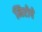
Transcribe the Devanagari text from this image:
निरोपे